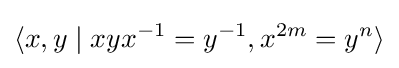
\langle x,y\mid xyx^{-1}=y^{-1},x^{2m}=y^{n}\rangle